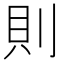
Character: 則